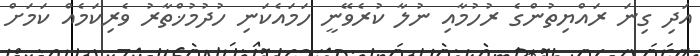
އަދި ގިނަ ރައްޔިތުންގެ ރުހުމާއި ނުލާ ކުރެވޭނީ ހަމައެކަނި ހުދުމުޚްތާރު ވެރިކަމެއް ކަމަށް